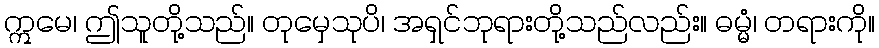
ဣမေ၊ ဤသူတို့သည်။ တုမှေသုပိ၊ အရှင်ဘုရားတို့သည်လည်း။ ဓမ္မံ၊ တရားကို။